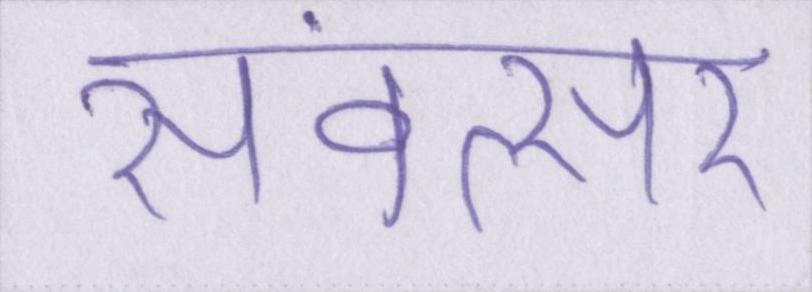
संवत्सर